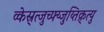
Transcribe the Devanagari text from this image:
व्केस्र्त्जुच्फ्य्जुय्तिक्र्त्यु